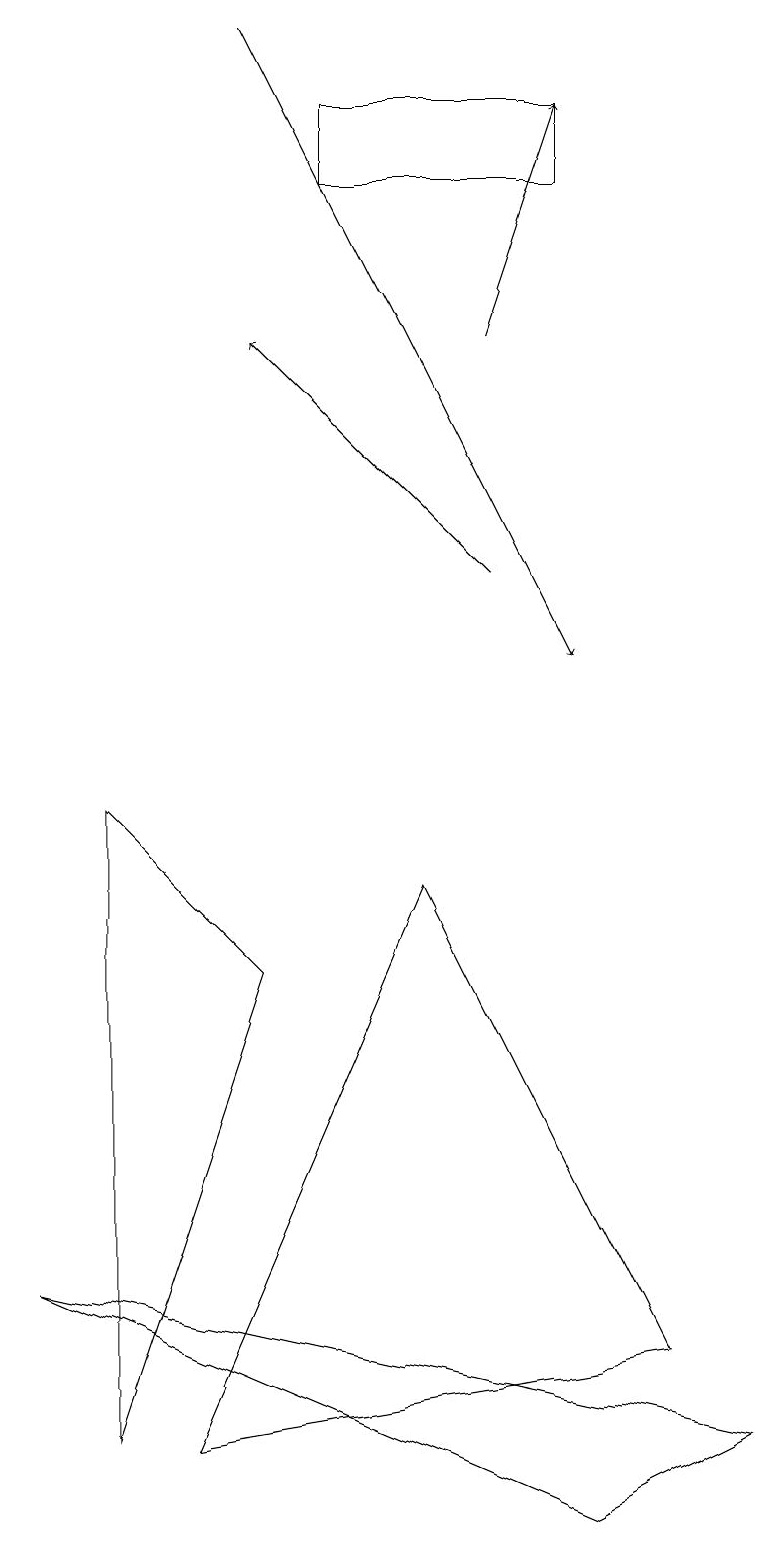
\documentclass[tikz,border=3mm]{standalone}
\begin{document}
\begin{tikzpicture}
\draw[->] (3,19) -- (7,11);
\draw[->] (6,15) -- (7,18);
\draw (7,0) -- (9,1) -- (0,3) -- cycle;
\draw (2,1) -- (5,8) -- (8,2) -- cycle;
\draw (4,17) rectangle (7,18);
\draw (1,9) -- (1,1) -- (3,7) -- cycle;
\draw[->] (6,12) -- (3,15);
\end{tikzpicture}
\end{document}